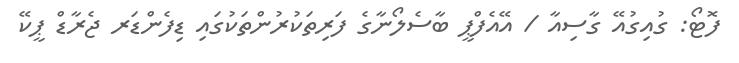
ފޮޓޯ: ގުއިގުއޭ ގާސިއާ / އޭއެފްޕީ ބާސެލޯނާގެ ފަރިތަކުރުންތަކުގައި ޑިފެންޑަރ ޖެރާޑް ޕީކޭ